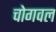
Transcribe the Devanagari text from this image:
चोगवल